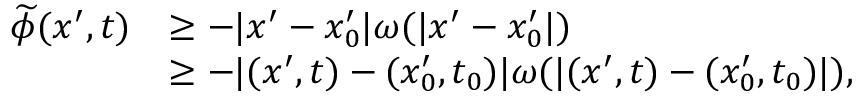
\begin{array} { r l } { \widetilde { \phi } ( x ^ { \prime } , t ) } & { \ge - | x ^ { \prime } - x _ { 0 } ^ { \prime } | \omega ( | x ^ { \prime } - x _ { 0 } ^ { \prime } | ) } \\ & { \ge - | ( x ^ { \prime } , t ) - ( x _ { 0 } ^ { \prime } , t _ { 0 } ) | \omega ( | ( x ^ { \prime } , t ) - ( x _ { 0 } ^ { \prime } , t _ { 0 } ) | ) , } \end{array}